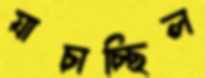
যাচাচ্ছিল